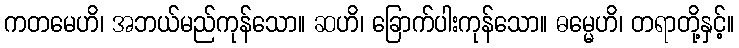
ကတမေဟိ၊ အဘယ်မည်ကုန်သော။ ဆဟိ၊ ခြောက်ပါးကုန်သော။ ဓမ္မေဟိ၊ တရာတို့နှင့်။